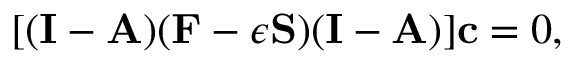
[ ( \mathbf { I } - \mathbf { A } ) ( \mathbf { F } - \epsilon \mathbf { S } ) ( \mathbf { I } - \mathbf { A } ) ] \mathbf { c } = 0 ,